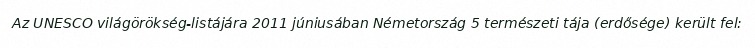
Az UNESCO világörökség-listájára 2011 júniusában Németország 5 természeti tája (erdősége) került fel: